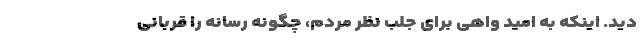
دید. اینكه به امید واهی برای جلب نظر مردم، چگونه رسانه را قربانی